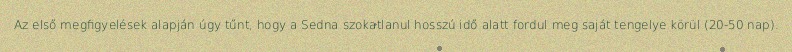
Az első megfigyelések alapján úgy tűnt, hogy a Sedna szokatlanul hosszú idő alatt fordul meg saját tengelye körül (20-50 nap).